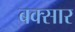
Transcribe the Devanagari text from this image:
बक्सार